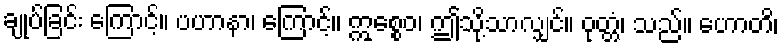
ချုပ်ခြင်း ကြောင့်။ ပဟာနာ၊ ကြောင့်။ ဣစ္စေဝ၊ ဤသို့သာလျှင်။ ဝုတ္တံ၊ သည်။ ဟောတိ၊